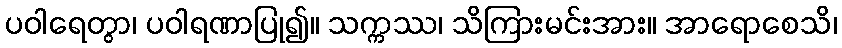
ပဝါရေတွာ၊ ပဝါရဏာပြု၍။ သက္ကဿ၊ သိကြားမင်းအား။ အာရောစေသိ၊